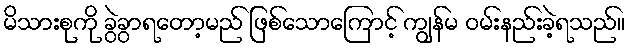
မိသားစုကို ခွဲခွာရတော့မည် ဖြစ်သောကြောင့် ကျွန်မ ဝမ်းနည်းခဲ့ရသည်။